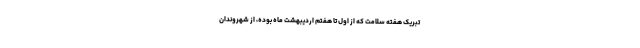
تبریک هفته سلامت که از اول تا هفتم اردیبهشت ماه بوده، از شهروندان